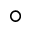
^ { \circ }